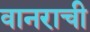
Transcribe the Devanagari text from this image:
वानराची